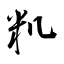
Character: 籶